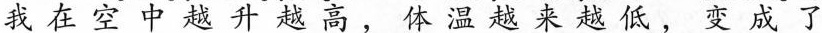
我在空中越升越高，体温越来越低，变成了